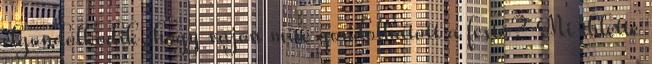
elgondolkodik, hogy vajon mire gondolhatott a festő? Mi ihlette